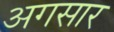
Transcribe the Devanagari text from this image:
अगसार